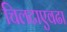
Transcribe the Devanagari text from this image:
चिलटाएवढा